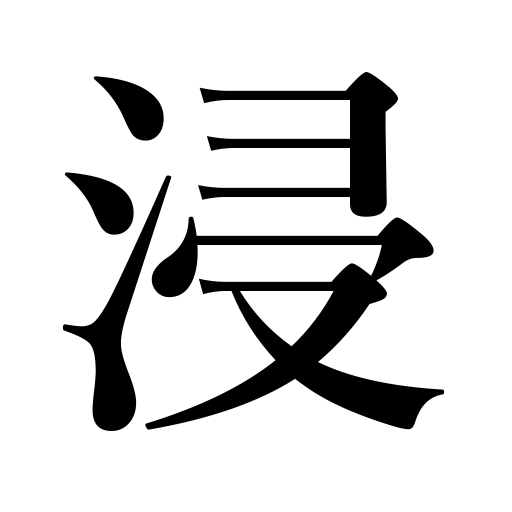
Meanings: be flooded,dip,steep,dunk,be bathed in,drench,be soaked in,soak,be addicted to,be submerged,immerse,wet,moisten,be immersed in